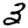
Digit: 3